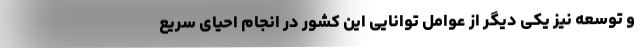
و توسعه نیز یکی دیگر از عوامل توانایی این کشور در انجام احیای سریع